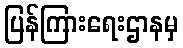
ပြန်ကြားရေးဌာနမှ